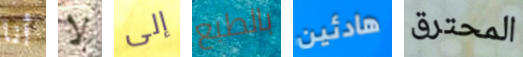
أنا لا إلى بالطبع هادئين المحترق